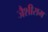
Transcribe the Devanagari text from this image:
जैशीराम